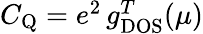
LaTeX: \begin{array}{r}{C_{\mathrm{Q}}=e^{2}\, g_{\mathrm{DOS}}^{T}(\mu)}\end{array}